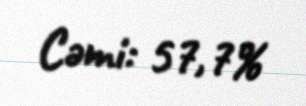
Cəmi: 57,7%